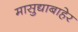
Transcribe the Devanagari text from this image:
मासुद्याबाहेर